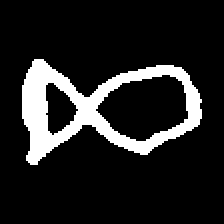
Pyu character \u2014 Myanmar letter: ဆ (romanized: cha)